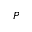
P